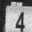
Digit: 4